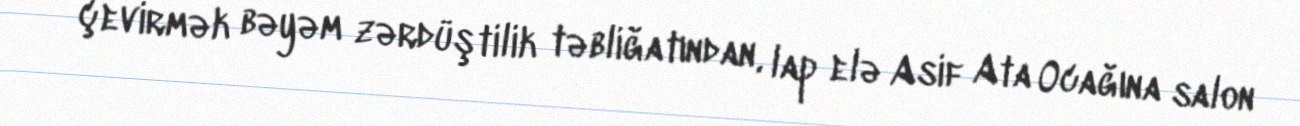
çevirmək bəyəm zərdüştilik təbliğatından, lap elə Asif Ata Ocağına salon